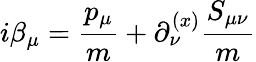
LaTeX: i\beta_{\mu}={\frac{p_{\mu}}{m}}+\partial_{\nu}^{(x)}{{\frac{S_{\mu\nu}}{m}}}